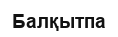
Балқытпа